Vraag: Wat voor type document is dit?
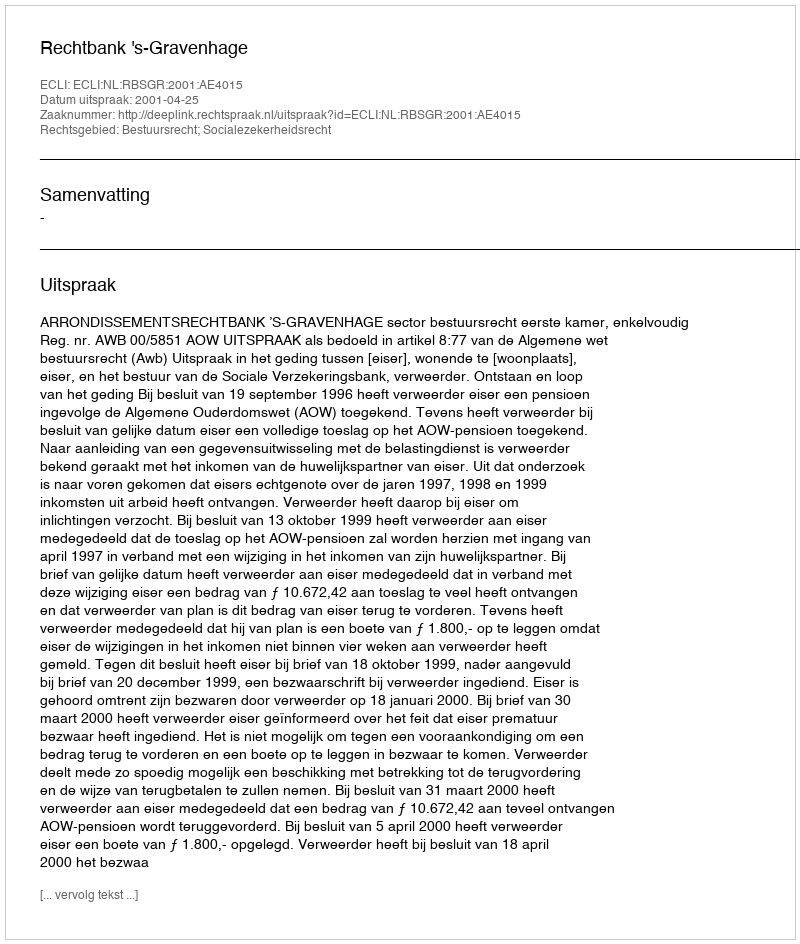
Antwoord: Uitspraak